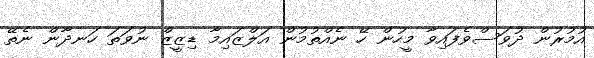
އުމުރުން ދުވަސްވެފައިވާ މީހުން ހޭ ނެއްތުމުން އަލްޒައިމާ ޑިޒީޒް ނުވަތަ ހަނދާން ނެތޭ